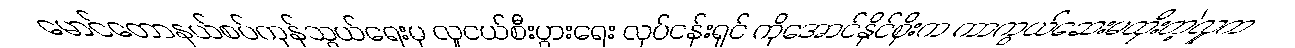
မောင်တောနယ်စပ်ကုန်သွယ်ရေးမှ လူငယ်စီးပွားရေး လုပ်ငန်းရှင် ကိုအောင်နိုင်စိုးက ကာကွယ်ဆေးမထိုးတဲ့လူက